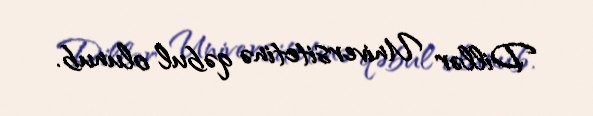
Dillər Universitetinə qəbul olunub.